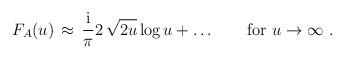
\begin{align*}F_A(u)\, \approx \, {{\rm i}\over {\pi}}2\, \sqrt{2u} \, {\rm log } \, u +\ldots \qquad\mbox{for }u\to\infty\ .\end{align*}